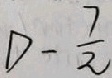
D - \frac { 7 } { 2 }